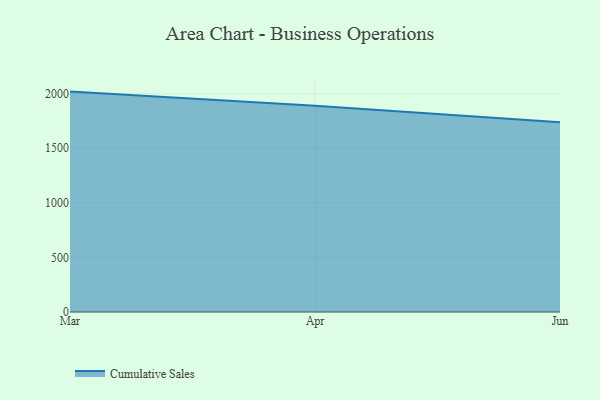
{"axis": {"x": "Month", "y": "Latency (ms)"}, "legend": ["Cumulative Sales"], "data": [{"x": "Mar", "y": 2019.1, "type": "Cumulative Sales"}, {"x": "Apr", "y": 1889.9, "type": "Cumulative Sales"}, {"x": "Jun", "y": 1737.8, "type": "Cumulative Sales"}]}